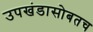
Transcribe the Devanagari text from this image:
उपखंडासोबतच